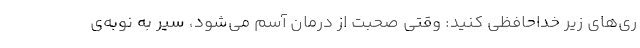
ری‌های زیر خداحافظی کنید: وقتی صحبت از درمان آسم می‌شود، سیر به نوبه‌ی